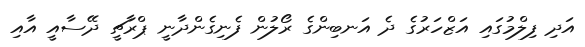
އަދި ފިލްމުގައި އަޒްހަރުގެ ދެ އަނބިންގެ ރޯލުން ފެނިގެންދާނީ ޕްރާޗީ ދޭސާއީ އާއި